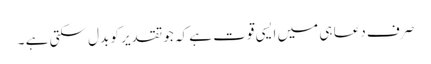
صرف دعا ہی میں ایسی قوت ہے کہ جو تقدیر کو بدل سکتی ہے ۔